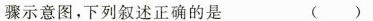
骤示意图，下列叙述正确的是 ()